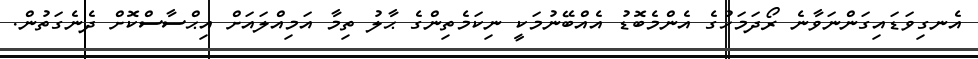
އެނގިވަޑައިގަންނަވާނެ ރޯދަމަހުގެ އެންމެބޮޑު އެއްބޭނުމަކީ ނިކަމެތިންގެ ޙާލު ތިމާ އަމިއްލައަށް އިޙްސާސްކޮށް ދެނެގަތުން.